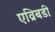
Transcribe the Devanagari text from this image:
एव्रिबडी